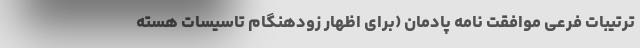
ترتیبات فرعی موافقت نامه پادمان (برای اظهار زودهنگام تاسیسات هسته